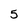
Character: 5